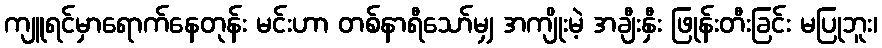
ကျူရင်မှာရောက်နေတုန်း မင်းဟာ တစ်နာရီသော်မျှ အကျိုးမဲ့ အချီးနှီး ဖြုန်းတီးခြင်း မပြုဘူး၊